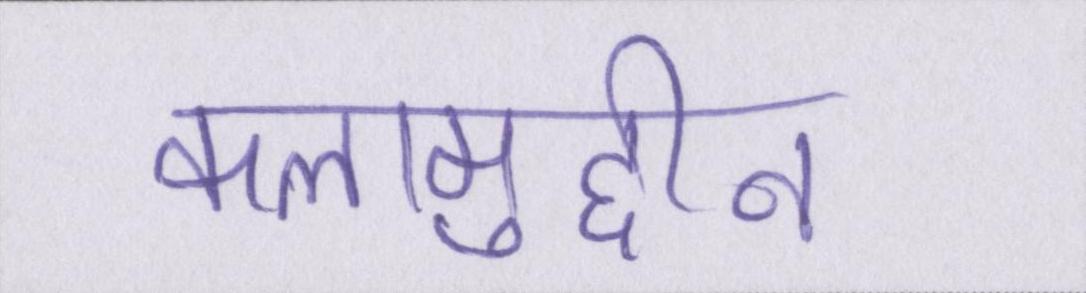
कलामुद्दीन